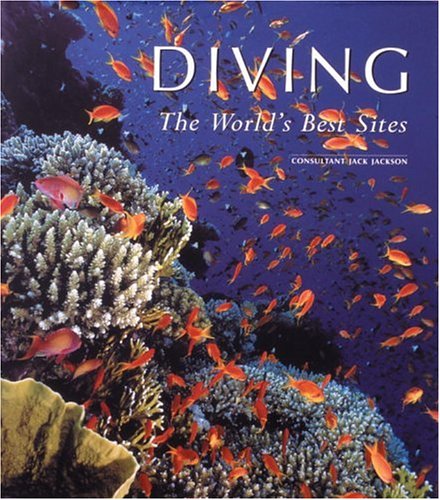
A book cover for Diving: The World's Best Sites; Jack Jackson; Travel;